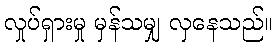
လှုပ်ရှားမှု မှန်သမျှ လှနေသည်။